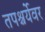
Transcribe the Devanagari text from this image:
तपश्चर्येवर